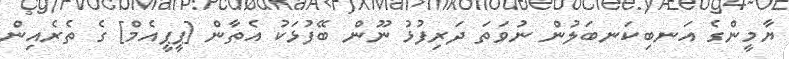
ޔާމީންގެ އަނބިކަނބަލުން ނުވަތަ ދަރިފުޅު ނޫން ބޭފުޅަކު އެތާން [ޕީޕީއެމް] ގެ ތެރެއިން